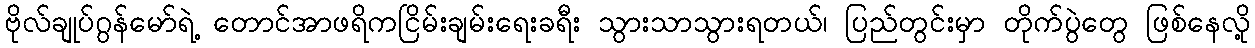
ဗိုလ်ချုပ်ဂွန်မော်ရဲ့ တောင်အာဖရိကငြိမ်းချမ်းရေးခရီး သွားသာသွားရတယ်၊ ပြည်တွင်းမှာ တိုက်ပွဲတွေ ဖြစ်နေလို့